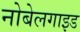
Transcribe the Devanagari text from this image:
नोबेलगाइड